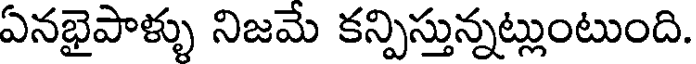
ఏనభైపాళ్ళు నిజమే కన్పిస్తున్నట్లుంటుంది.